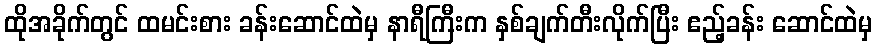
ထိုအခိုက်တွင် ထမင်းစား ခန်းဆောင်ထဲမှ နာရီကြီးက နှစ်ချက်တီးလိုက်ပြီး ဧည့်ခန်း ဆောင်ထဲမှ